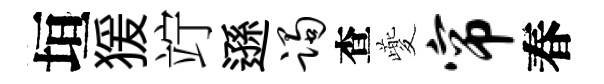
垣猨竚遜躅查夔帘春